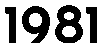
1981